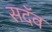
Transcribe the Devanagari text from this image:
सदॅव